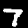
Label: 7